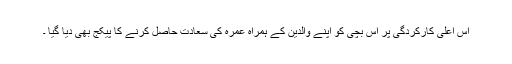
اس اعلیٰ کارکردگی پر اس بچی کو اپنے والدین کے ہمراہ عمرہ کی سعادت حاصل کرنے کا پیکج بھی دیا گیا ۔